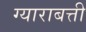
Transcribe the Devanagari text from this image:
ग्याराबत्ती